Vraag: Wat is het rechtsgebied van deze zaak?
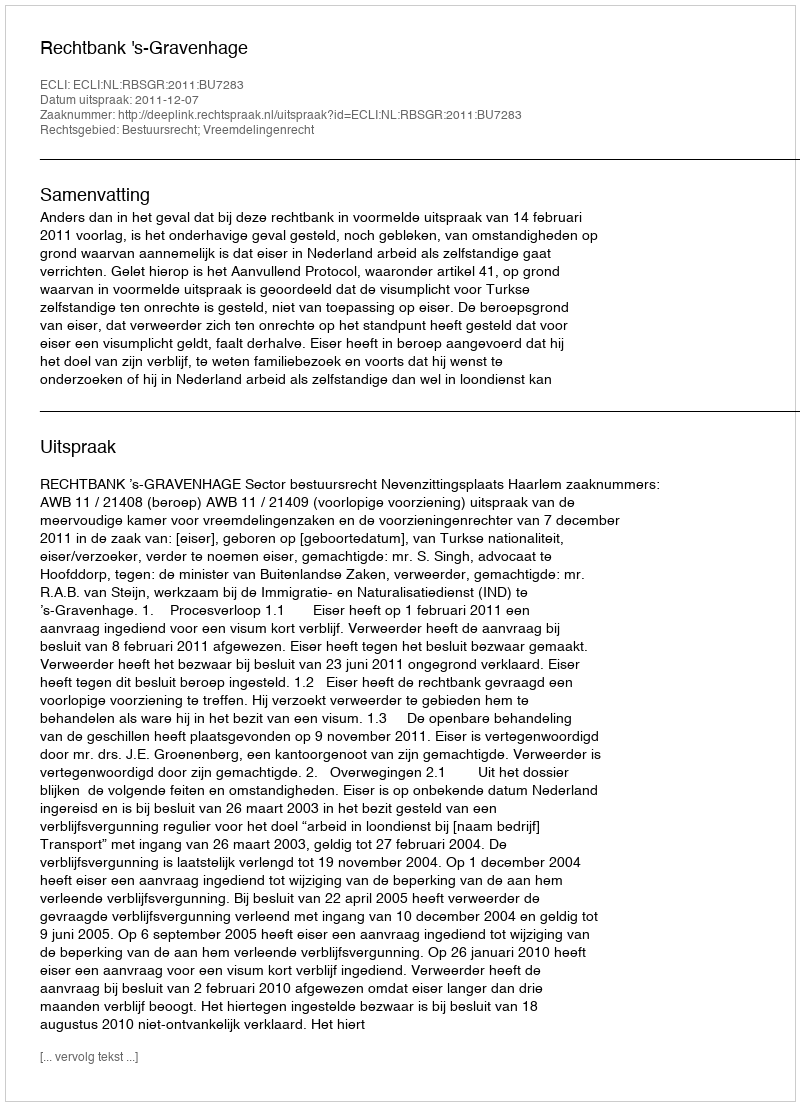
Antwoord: Bestuursrecht; Vreemdelingenrecht